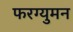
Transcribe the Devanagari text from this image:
फरग्युमन